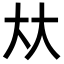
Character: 夶